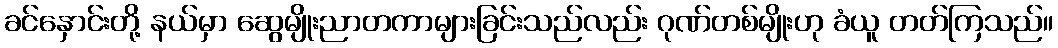
ခင်နှောင်းတို့ နယ်မှာ ဆွေမျိုးညာတကာများခြင်းသည်လည်း ဂုဏ်တစ်မျိုးဟု ခံယူ တတ်ကြသည်။